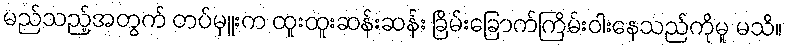
မည်သည့်အတွက် တပ်မှူးက ထူးထူးဆန်းဆန်း ခြိမ်းခြောက်ကြိမ်းဝါးနေသည်ကိုမူ မသိ။